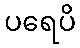
ပရေပိ